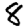
Digit: 8